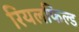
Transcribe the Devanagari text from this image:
रियलफिल्ड